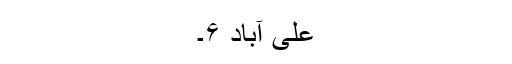
علی آباد ۶۔